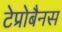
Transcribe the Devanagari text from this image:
टेप्रोबैनस